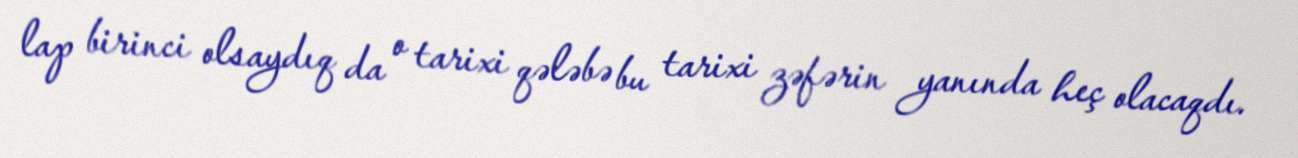
lap birinci olsaydıq da o tarixi qələbə bu tarixi zəfərin yanında heç olacaqdı.